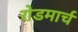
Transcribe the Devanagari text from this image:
रोडमार्च